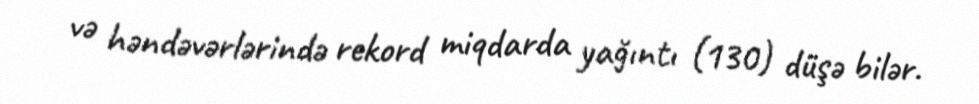
və həndəvərlərində rekord miqdarda yağıntı (130) düşə bilər.